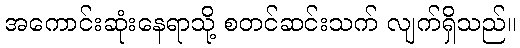
အကောင်းဆုံးနေရာသို့ စတင်ဆင်းသက် လျက်ရှိသည်။